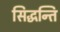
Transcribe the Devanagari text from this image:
सिद्धन्ति